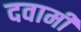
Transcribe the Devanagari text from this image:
दवामी